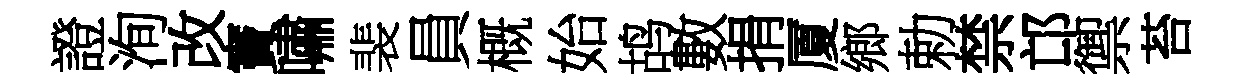
證洵改竇嘯裴員概始鸪數捐厦鄉勅禁邙禦苔